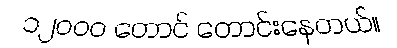
၁၂ဝဝဝ တောင် တောင်းနေတယ်။